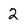
Character: 2